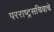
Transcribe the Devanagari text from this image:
परराष्ट्रसचिवाचे